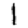
Digit: 1